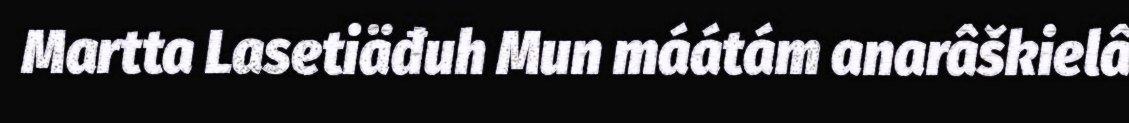
Martta Lasetiäđuh Mun máátám anarâškielâ